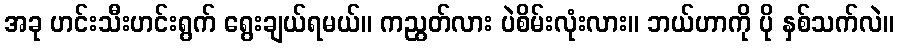
အခု ဟင်းသီးဟင်းရွက် ရွေးချယ်ရမယ်။ ကညွတ်လား ပဲစိမ်းလုံးလား။ ဘယ်ဟာကို ပို နှစ်သက်လဲ။